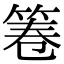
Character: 𮅒